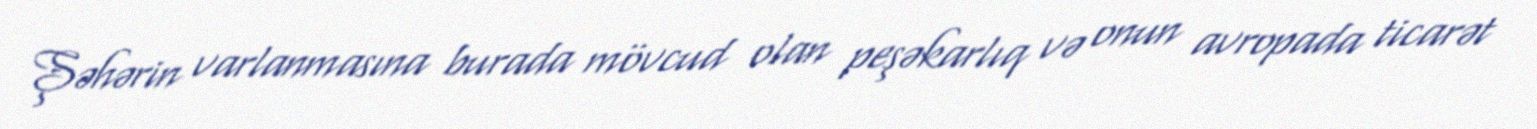
Şəhərin varlanmasına burada mövcud olan peşəkarlıq və onun avropada ticarət